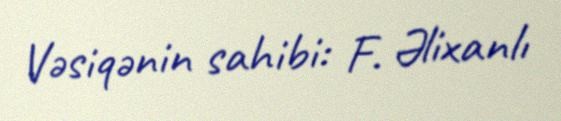
Vəsiqənin sahibi: F. Əlixanlı